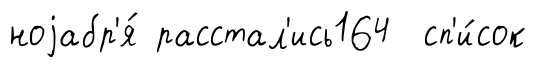
ноjабр'я́ расстал'ись164 сп'и́сок